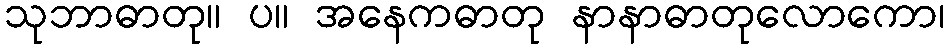
သုဘာဓာတု။ ပ။ အနေကဓာတု နာနာဓာတုလောကော၊